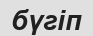
бүгіп